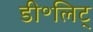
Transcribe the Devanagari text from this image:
डी॰लिट्